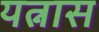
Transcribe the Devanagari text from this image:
यत्नास